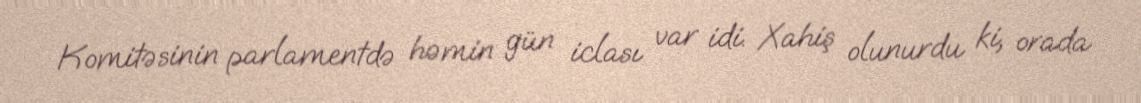
Komitəsinin parlamentdə həmin gün iclası var idi. Xahiş olunurdu ki, orada